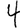
Digit: 4